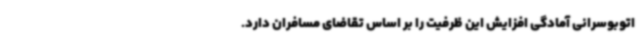
اتوبوسرانی آمادگی افزایش این ظرفیت را بر اساس تقاضای مسافران دارد.